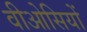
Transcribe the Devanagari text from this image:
वीओसियों